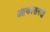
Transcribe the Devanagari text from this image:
आकाशनदी